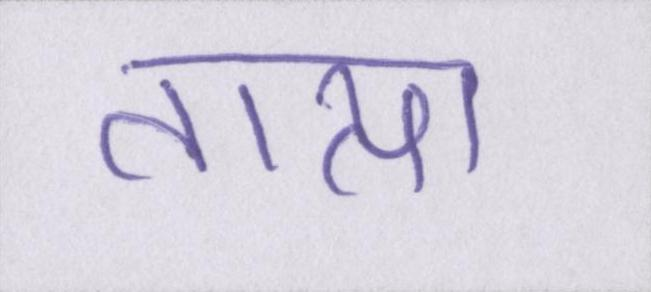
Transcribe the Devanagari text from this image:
तात्या